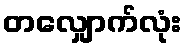
တလျှောက်လုံး